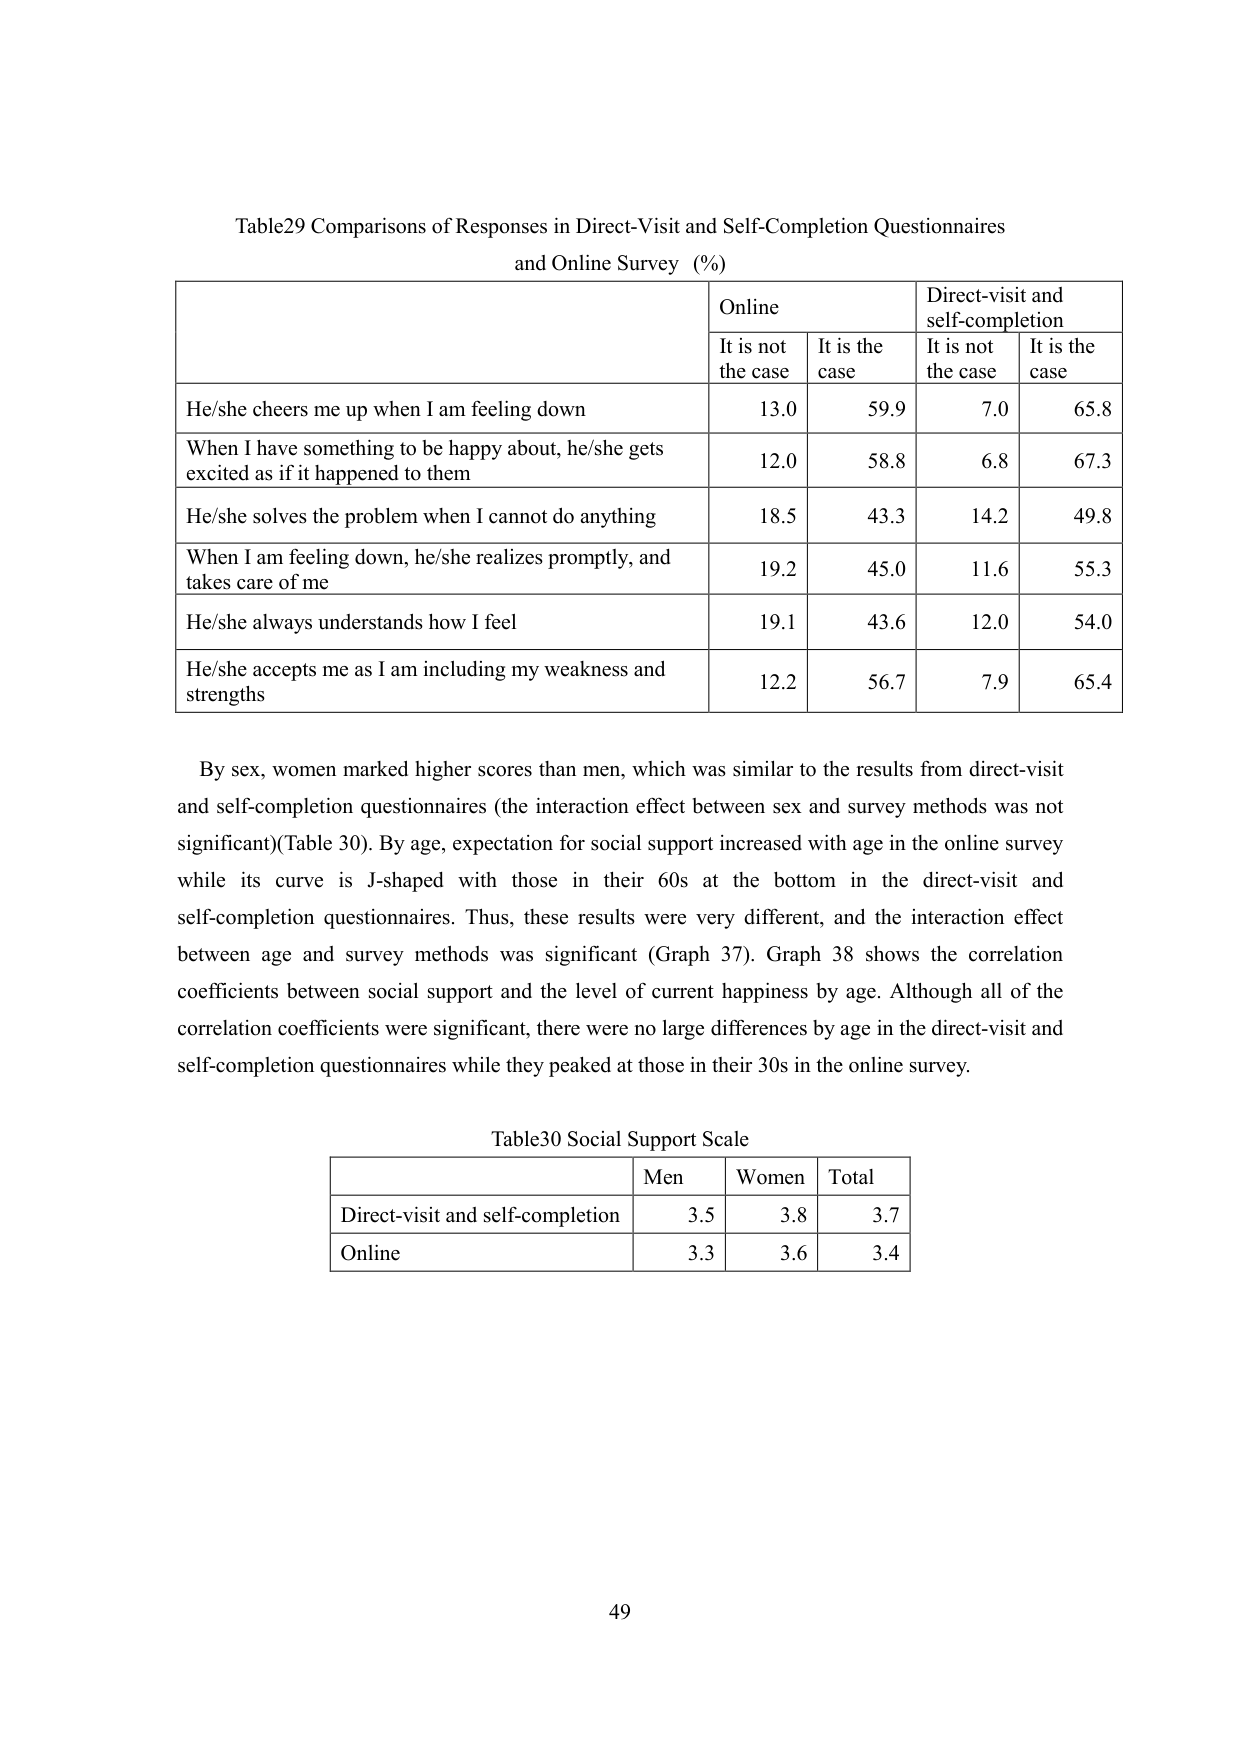
Table29 Comparisons of Responses in Direct-Visit and Self-Completion Questionnaires and Online Survey (%)

Online | Direct-visit and self-completion
--- | --- | --- | --- | ---
| It is not the case | It is the case | It is not the case | It is the case

He/she cheers me up when I am feeling down | 13.0 | 59.9 | 7.0 | 65.8
When I have something to be happy about, he/she gets excited as if it happened to them | 12.0 | 58.8 | 6.8 | 67.3
He/she solves the problem when I cannot do anything | 18.5 | 43.3 | 14.2 | 49.8
When I am feeling down, he/she realizes promptly, and takes care of me | 19.2 | 45.0 | 11.6 | 55.3
He/she always understands how I feel | 19.1 | 43.6 | 12.0 | 54.0
He/she accepts me as I am including my weakness and strengths | 12.2 | 56.7 | 7.9 | 65.4

By sex, women marked higher scores than men, which was similar to the results from direct-visit and self-completion questionnaires (the interaction effect between sex and survey methods was not significant)(Table 30). By age, expectation for social support increased with age in the online survey while its curve is J-shaped with those in their 60s at the bottom in the direct-visit and self-completion questionnaires. Thus, these results were very different, and the interaction effect between age and survey methods was significant (Graph 37). Graph 38 shows the correlation coefficients between social support and the level of current happiness by age. Although all of the correlation coefficients were significant, there were no large differences by age in the direct-visit and self-completion questionnaires while they peaked at those in their 30s in the online survey.

Table30 Social Support Scale

| | Men | Women | Total |
|---|---|---|---|
| Direct-visit and self-completion | 3.5 | 3.8 | 3.7 |
| Online | 3.3 | 3.6 | 3.4 |

49